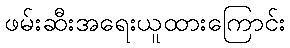
ဖမ်းဆီးအရေးယူထားကြောင်း